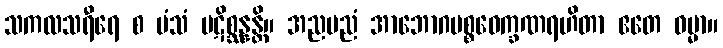
သကလသရီရေ စ မံသံ ပဋိစ္ဆန္နန္တိ။ အညမညံ အာဘောဂပစ္စဝေက္ခဏရဟိတာ ဧတေ ဓမ္မာ။